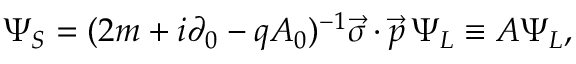
\Psi _ { S } = ( 2 m + i \partial _ { 0 } - q A _ { 0 } ) ^ { - 1 } \vec { \sigma } \cdot \vec { p } \, \Psi _ { L } \equiv A \Psi _ { L } ,